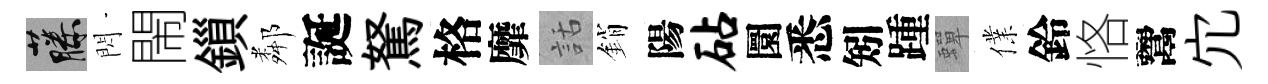
藤閃閙鎻鄰誕駑格靡話銷陽砧圜悉矧踵蟬㒒鈴恪鬻宂